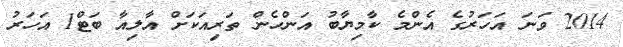
2014 ވަނަ އަހަރުގެ އެންމެ ކާމިޔާބު އަންހެން ތަރިއަކަށް އާލިއާ ބަޓް1 އަހަރު